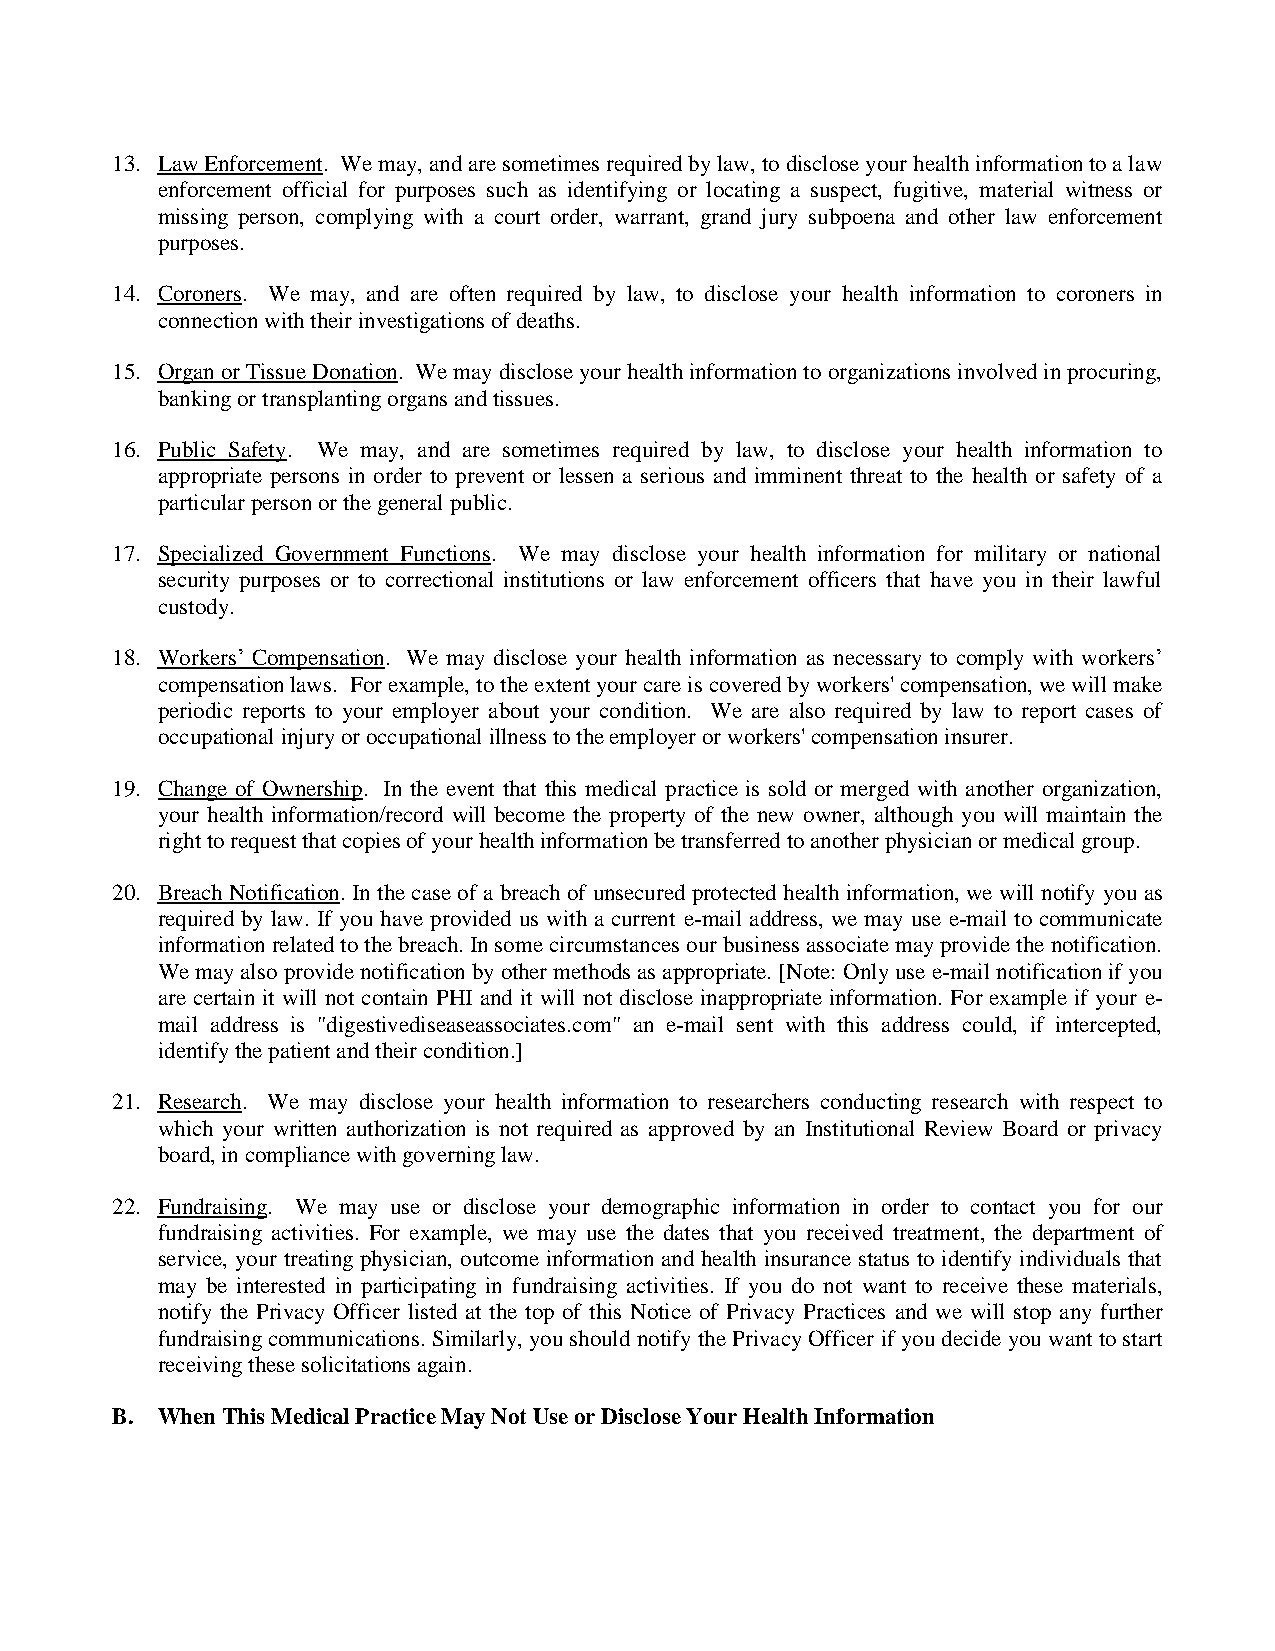
13. Law Enforcement. We may, and are sometimes required by law, to disclose your health information to a law
 enforcement official for purposes such as identifying or locating a suspect, fugitive, material witness or
 missing person, complying with a court order, warrant, grand jury subpoena and other law enforcement
 purposes.
 14. Coroners. We may, and are often required by law, to disclose your health information to coroners in
 connection with their investigations of deaths.
 15. Organ or Tissue Donation. We may disclose your health information to organizations involved in procuring,
 banking or transplanting organs and tissues.
 16. Public Safety. We may, and are sometimes required by law, to disclose your health information to
 appropriate persons in order to prevent or lessen a serious and imminent threat to the health or safety of a
 particular person or the general public.
 17. Specialized Government Functions. We may disclose your health information for military or national
 security purposes or to correctional institutions or law enforcement officers that have you in their lawful
 custody.
 18. Workers’ Compensation. We may disclose your health information as necessary to comply with workers’
 compensation laws. For example, to the extent your care is covered by workers' compensation, we will make
 periodic reports to your employer about your condition. We are also required by law to report cases of
 occupational injury or occupational illness to the employer or workers' compensation insurer.
 19. Change of Ownership. In the event that this medical practice is sold or merged with another organization,
 your health information/record will become the property of the new owner, although you will maintain the
 right to request that copies of your health information be transferred to another physician or medical group.
 20. Breach Notification. In the case of a breach of unsecured protected health information, we will notify you as
 required by law. If you have provided us with a current e-mail address, we may use e-mail to communicate
 information related to the breach. In some circumstances our business associate may provide the notification.
 We may also provide notification by other methods as appropriate. [Note: Only use e-mail notification if you
 are certain it will not contain PHI and it will not disclose inappropriate information. For example if your e-
 mail address is "digestivediseaseassociates.com" an e-mail sent with this address could, if intercepted,
 identify the patient and their condition.]
 21. Research. We may disclose your health information to researchers conducting research with respect to
 which your written authorization is not required as approved by an Institutional Review Board or privacy
 board, in compliance with governing law.
 22. Fundraising. We may use or disclose your demographic information in order to contact you for our
 fundraising activities. For example, we may use the dates that you received treatment, the department of
 service, your treating physician, outcome information and health insurance status to identify individuals that
 may be interested in participating in fundraising activities. If you do not want to receive these materials,
 notify the Privacy Officer listed at the top of this Notice of Privacy Practices and we will stop any further
 fundraising communications. Similarly, you should notify the Privacy Officer if you decide you want to start
 receiving these solicitations again.
 B. When This Medical Practice May Not Use or Disclose Your Health Information